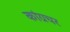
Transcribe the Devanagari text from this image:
कांग्रचर